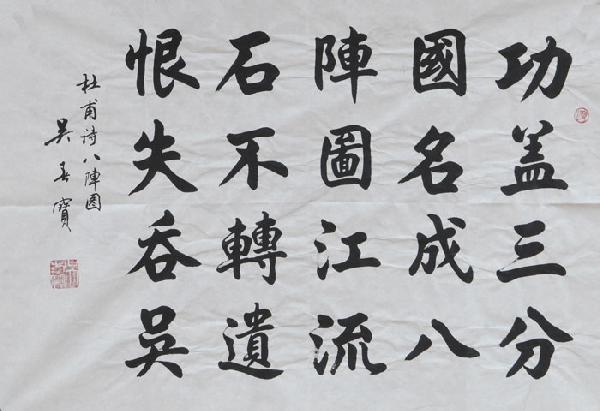
江流石不转，遗恨失吞吴。